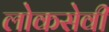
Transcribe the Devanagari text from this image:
लोकसेवी